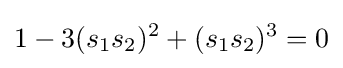
1-3(s_{1}s_{2})^{2}+(s_{1}s_{2})^{3}=0